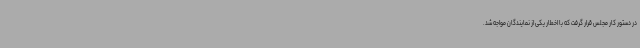
در دستور کار مجلس قرار گرفت که با اخطار یکی از نمایندگان مواجه شد.